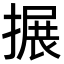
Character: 搌